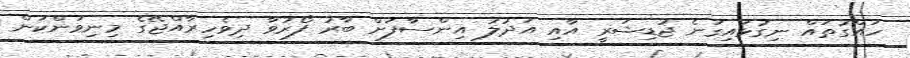
ހައްގުތައް ނިގުޅައިގަނެ ޖުޑިޝަރީ އާއި އަދުލު އިންސާފަށް ބާރު ފޯރުވާ ދިވެހިރާއްޖޭގެ މިނިވަންކަން